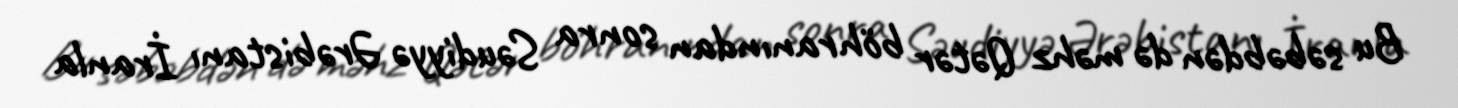
Bu səbəbdən də məhz Qətər böhranından sonra Səudiyyə Ərəbistanı İranla